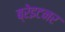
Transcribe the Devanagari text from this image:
ब्रेइटनर